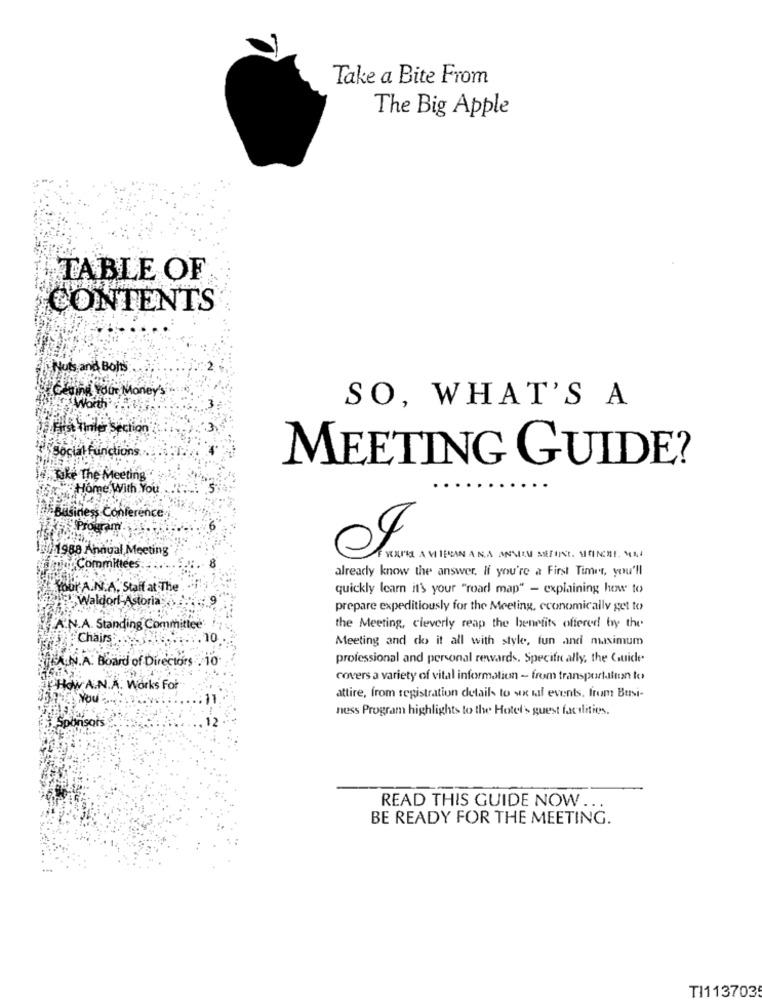
Take a Bite From
The Big Apple
TABLE OF
CONTENTS
Nuts and Bolts
&Ceuing Your Money's
Worth
SO, WHAT'S A
Vierat Himler Section
105social Functions
MEETING GUIDE?
14. Take The Meeting
Home With You
Business Conference
Program.
1988 Annual Meeting
jay Committees
already know the answer. If you're a First Timer, you'll
Your A.N.A. Staff at The
quickly learn it's your "road map" - explaining how to
"Waldorf Astoria
prepare expeditiously for the Meeting, economically get to
A.N.A. Standing Committee:
the Meeting, cleverly reap the benefits offered by the
Chairs
Meeting and do it all with style, fun and maximum
CAN.A. Board of Directors . 10
professional and personal rewards. Specific ally, the Guide
covers a variety of vital information - from transportation to
How A.N.A. Works For
You
attire, from registration details to sx ual events, from Busi-
ness Program highlights to the Hotel's guest facilities.
Sponsors
READ THIS GUIDE NOW ...
BE READY FOR THE MEETING.
TI1137035